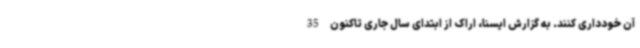
آن خودداری کنند. به گزارش ایسنا، اراک از ابتدای سال جاری تاکنون 35